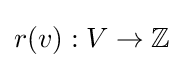
r(v):V\to \mathbb {Z}